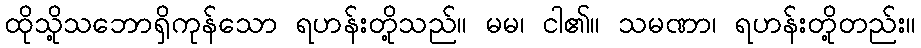
ထိုသို့သဘောရှိကုန်သော ရဟန်းတို့သည်။ မမ၊ ငါ၏။ သမဏာ၊ ရဟန်းတို့တည်း။